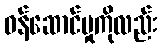
ဝန်ဆောင်မှုကိုလည်း